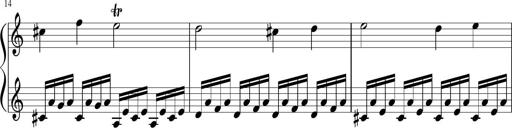
Title: Sonatina di Santa Gemma, JKB 12
Composer: Jason Baruk
Key: F major